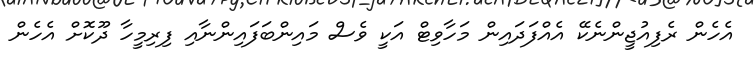
އެހެން ރެފިއުޖީންނެކޭ އެއްފަދައިން މަހާވިޓް އަކީ ވެސް މައިންބަފައިންނާއި ފިރިމީހާ ދޫކޮށް އެހެން